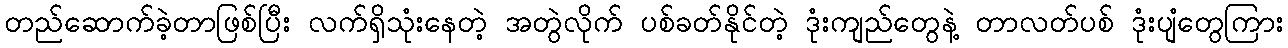
တည်ဆောက်ခဲ့တာဖြစ်ပြီး လက်ရှိသုံးနေတဲ့ အတွဲလိုက် ပစ်ခတ်နိုင်တဲ့ ဒုံးကျည်တွေနဲ့ တာလတ်ပစ် ဒုံးပျံတွေကြား